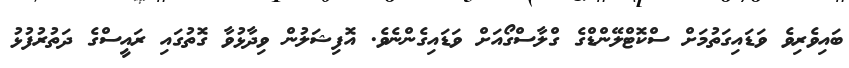
ބައިވެރިވެ ވަޑައިގަތުމަށް ސްކޮޓްލޭންޑްގެ ގްލާސްގޯއަށް ވަޑައިގެންނެވެ. އޮފިޝަލުން ވިދާޅުވާ ގޮތުގައި ރައީސްގެ ދަތުރުފުޅު